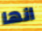
انها